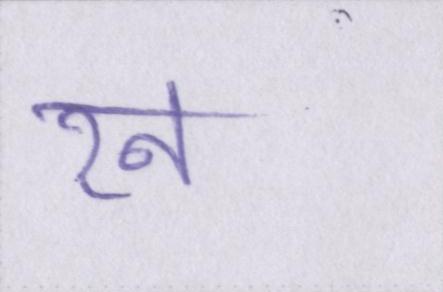
रन